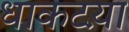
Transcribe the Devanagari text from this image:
धाकटय़ा